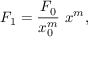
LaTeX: F _ { 1 } = { \frac { F _ { 0 } } { x _ { 0 } ^ { m } } } \, \, x ^ { m } ,